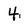
Character: 4